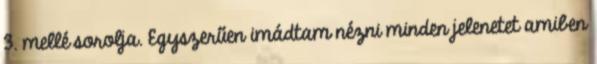
3. mellé sorolja. Egyszerűen imádtam nézni minden jelenetet amiben